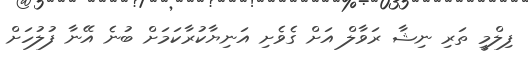
ފިލްމީ ތަރި ނިޝާ ރަވާލް އަށް ގެވެށި އަނިޔާކުރާކަމަށް ބުނެ އޭނާ ފުލުހަށް